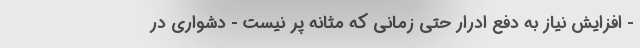
- افزایش نیاز به دفع ادرار حتی زمانی که مثانه پر نیست - دشواری در